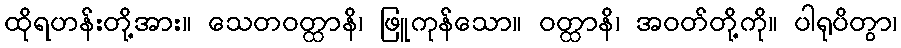
ထိုရဟန်းတို့အား။ သေတဝတ္ထာနိ၊ ဖြူကုန်သော။ ဝတ္ထာနိ၊ အဝတ်တို့ကို။ ပါရုပိတွာ၊